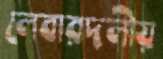
লেবারদলীয়